Papers set at the Examination for Leaving Certificates, 1895
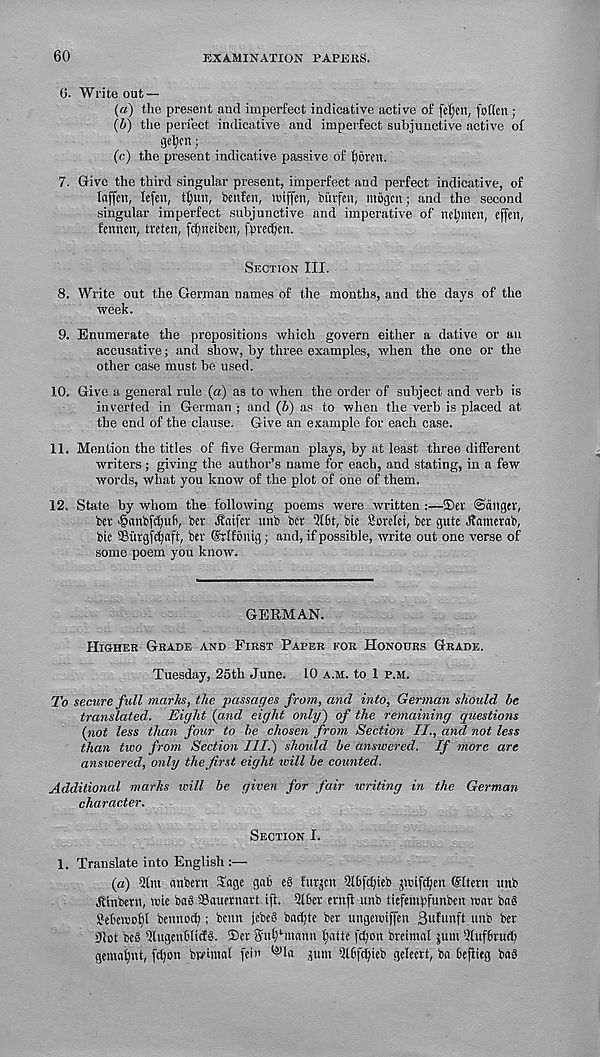
60
EXAMINATION PAPEIiS.
6. Write out —
(a) the present and imperfect indicative active of fetjcn, [often;
(b) the perfect indicative and imperfect subjunctive active of
getycn;
(c) the present indicative passive of fjbren.
7. Give the third .singular present, imperfect and perfect indicative, of
kffen, lefen, tfjun, benf'en, wiffen, burfen, mbgcn; and the second
singular imperfect subjunctive and imperative of neltmen, effen,
fennen, treten, [cf^neiben, f^rec&tn.
Section III.
8. Write out the German names of the months, and the days of the
week.
9. Enumerate the prepositions which govern either a dative or an
accusative; and show, by three examples, when the one or the
other case must be used.
10. Give a general rule (a) as to when the order of subject and verb is
inverted in German ; and (b) as to when the verb is placed at
the end of the clause. Give an example for each case.
11. Mention the titles of five German plays, by at least three different
writers; giving the author’s name for each, and stating, in a few
words, what you know of the plot of one of them.
12. State by whom the following poems were written :—®er ©anger,
ber -ganbfdjuft, ber Jfaifcr unb ber Qf6t, bie Sorelei, bev gute Jlamerab,
bie ©utgfcfjaft, ber (Srlfonig; and, if possible, write out one verse of
some poem you know.
GERMAN.
Higher Grade and First Paper for Honours Grade.
Tuesday, 25th June. 10 a.m. to 1 p.m.
To secure full marks, the passages from, and into, German should be
translated. Eight {and eight only} of the remaining questions
{not less than four to be chosen from Section II., and not less
than two from Section III.} should be answered. If more are
answered, only the first eight will be counted.
Additional marks icill be given for fair writing in the German
character.
Section I.
1. Translate into English :—
{a) Qfm anbern Tage gab e§ furgen 5lbfc^ieb gmifdjen ©Item unb
Jlinbern, wte ba§ ©auernart ifl. Offer ernft unb tiefentpfunben mar baS
Miercoljf bennodj; benn iebe? bacfjte ber ungennffen 3ufunft unb ber
Sfiot beS OlugenWicfg. ®cr Julffmann fjatte fcficm breimal gum Oluffrud)
gemafmt, [djon brehnaf [ein ^la gum Olffdjieb gefeert, ba bejiieg bab